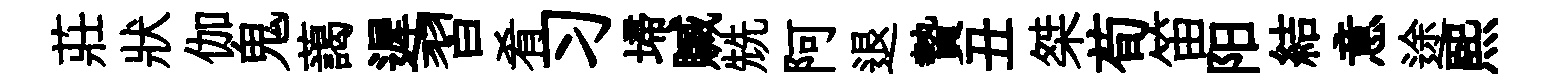
莊狀伽鬼藹遲習肴习埽贓兟阿退贄丑桀荀笛阳結意途熙